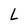
Character: L